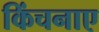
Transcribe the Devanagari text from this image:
किंचनाए